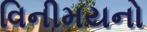
વિનીમયનો